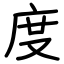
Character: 度